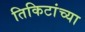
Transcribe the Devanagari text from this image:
तिकिटांच्या